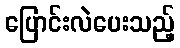
ပြောင်းလဲပေးသည့်